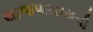
લાજપતરાયની